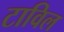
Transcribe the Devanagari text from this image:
टाविल